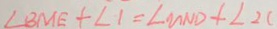
\angle B M E + \angle 1 = \angle M N D + \angle 2 C